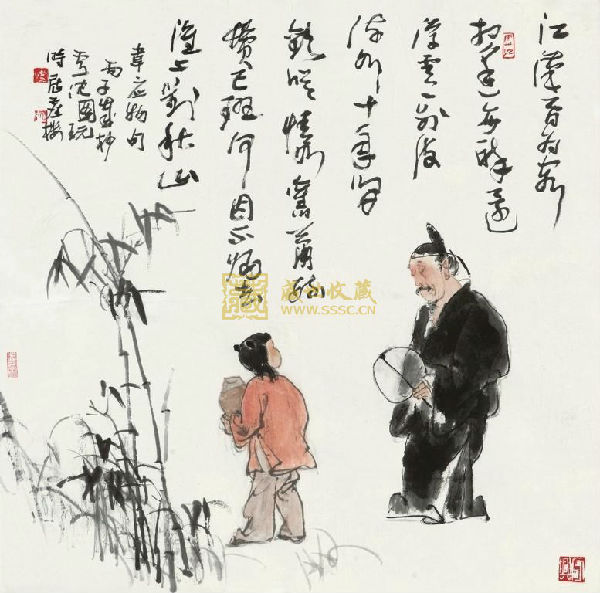
江汉曾为客，相逢每醉还。